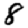
Digit: 8